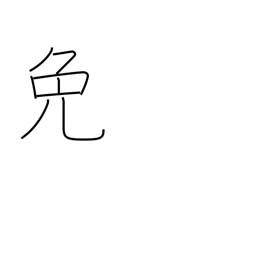
Meaning: excuse